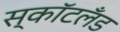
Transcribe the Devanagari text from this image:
स्कॉटलॅंड